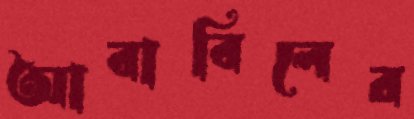
আবাবিলের